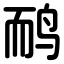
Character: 鸸